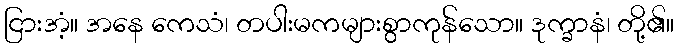
ငြားအံ့။ အနေ ကေသံ၊ တပါးမကများစွာကုန်သော။ ဒုက္ခာနံ၊ တို့၏။